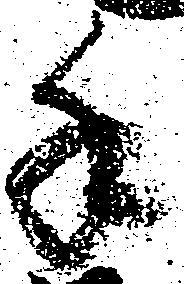
手